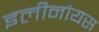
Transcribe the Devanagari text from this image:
इलीनौयस